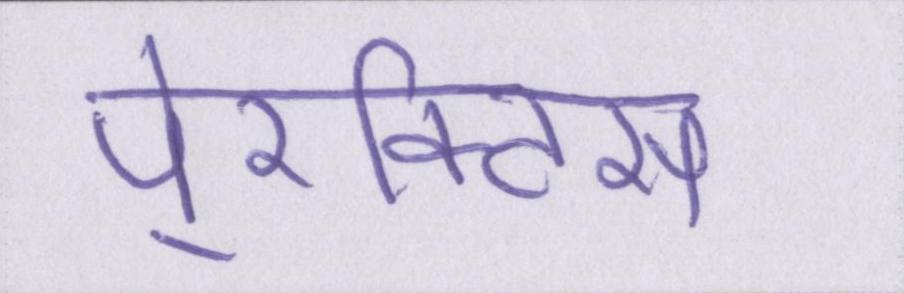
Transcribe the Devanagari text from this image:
पे्रक्टिस